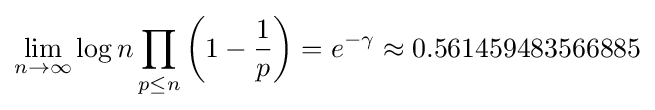
\lim _{n\to \infty }\log n\prod _{p\leq n}\left(1-{\frac {1}{p}}\right)=e^{-\gamma }\approx 0.561459483566885